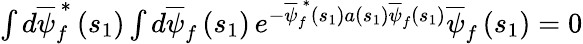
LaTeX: \begin{array}{r}{\int d\overline{{\psi}}_{f}^{\, \ast}\left(s_{1}\right)\int d\overline{{\psi}}_{f}\left(s_{1}\right)\, e^{-\overline{{\psi}}_{f}^{\, \ast}\left(s_{1}\right)a\left(s_{1}\right)\overline{{\psi}}_{f}\left(s_{1}\right)}\overline{{\psi}}_{f}\left(s_{1}\right)=0}\end{array}